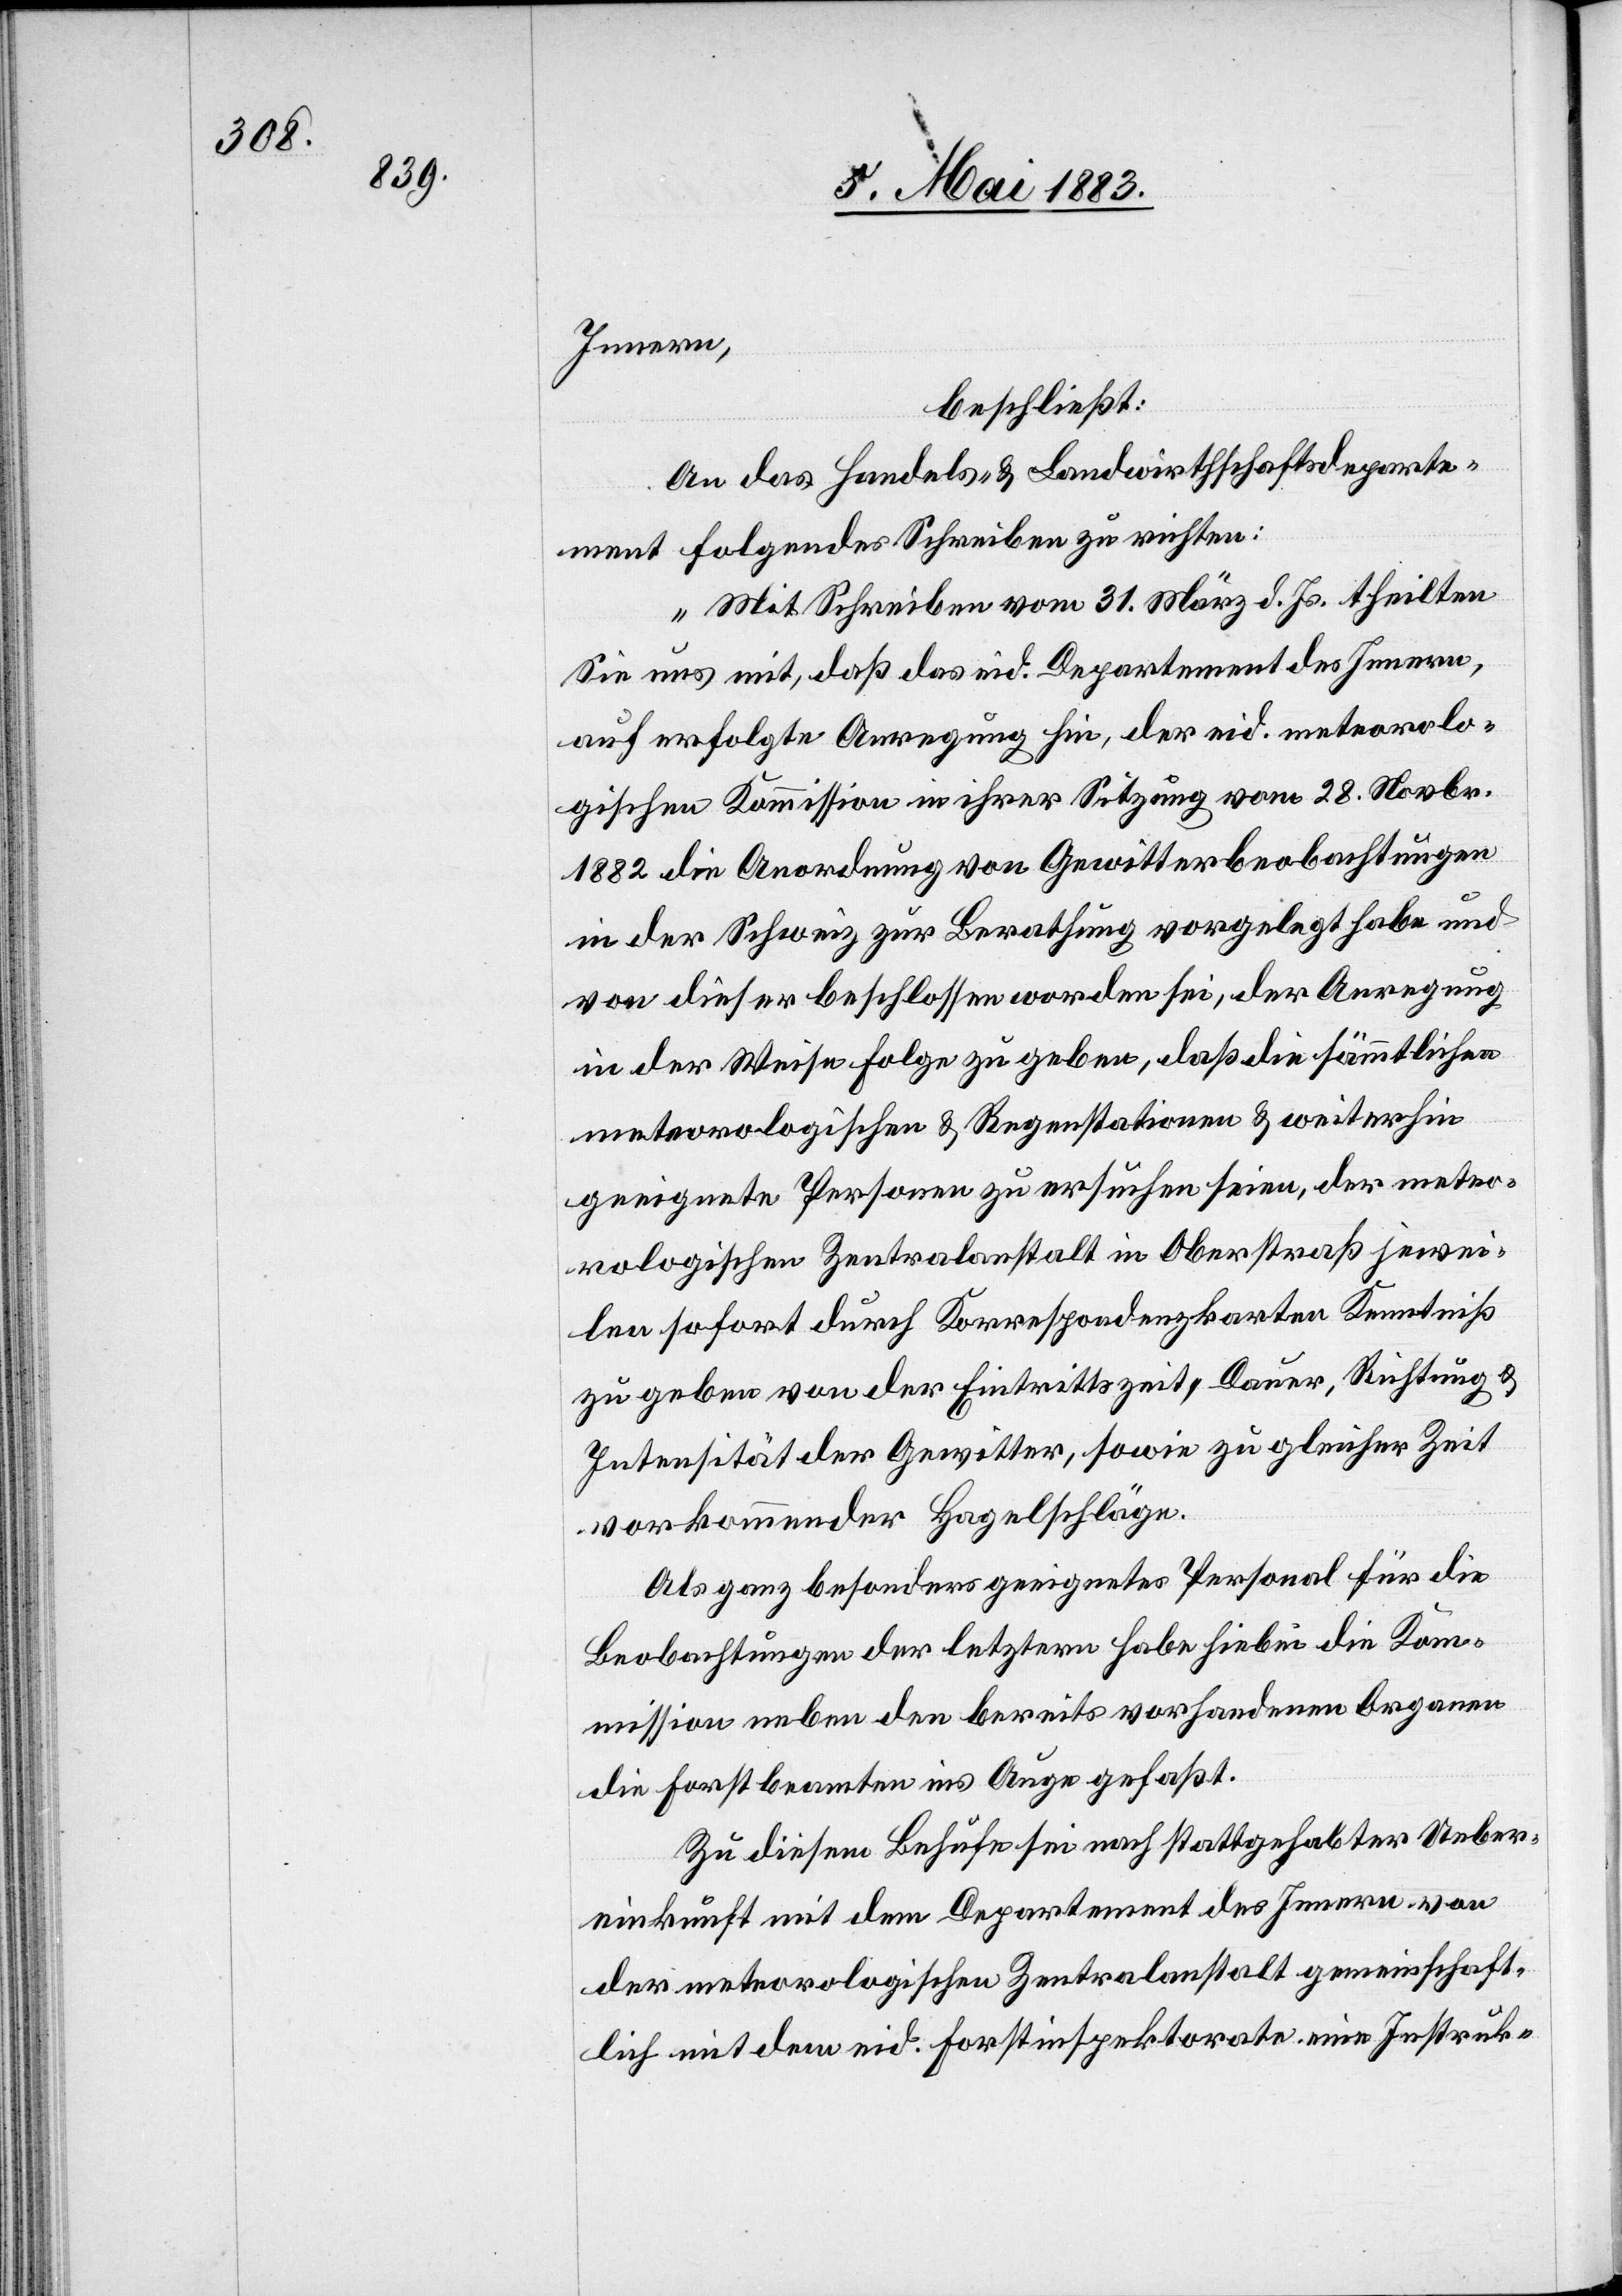
Innern
beschließt:
An das Handels- & Landwirtschaftsdeparte¬
ment folgendes Schreiben zu richten:
„Mit Schreiben vom 31. März d. Js. theilten
Sie uns mit, daß das eid. Departement des Innern,
auf erfolgte Anregung hin, der eid. meteorolo¬
gischen Kommission in ihrer Sitzung vom 28. Novbr.
1882 die Anordnung von Gewitterbeobachtungen
in der Schweiz zur Berathung vorgelegt habe und
von dieser beschlossen worden sei, der Anregung
in der Weise Folge zu geben, daß die sämmtlichen
meteorologischen & Regenstationen & weiterhin
geeignete Personen zu ersuchen seien, der meteo¬
rologischen Zentralanstalt in Oberstraß jewei¬
len sofort durch Korrespondenzkarten Kenntniß
zu geben von der Eintrittszeit, Dauer, Richtung &
Intensität der Gewitter, sowie zu gleicher Zeit
vorkommender Hagelschläge.
Als ganz besonders geeignetes Personal für die
Beobachtungen der letztern habe hiebei die Kom¬
mission neben den bereits vorhandenen Organe
die Forstbeamten ins Auge gefaßt.
zu diesem Behufe sei nach stattgehabter Ueber¬
einkunft mit dem Departement des Innern von
der meteorologischen Zentralanstalt gemeinschaft¬
lich mit dem eid. Forstinspektorate eine Instruk-